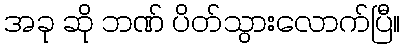
အခု ဆို ဘဏ် ပိတ်သွားလောက်ပြီ။